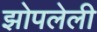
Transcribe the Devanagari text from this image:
झोपलेली